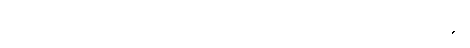
အထော၊ ထို့ပြင်။ အညမ္ပိ၊ တစ်ပါးသောသူကိုလည်း။ ကာရယေ၊ ပြုစေရာ၏။